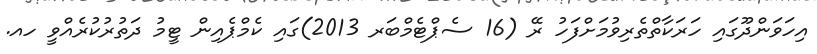
އިހަވަންދޫގައި ހަރަކާތްތެރިވުމަށްފަހު ރޭ (16 ސެޕްޓެމްބަރ 2013)ގައި ކެމްޕެއިން ޓީމު ދަތުރުކުރެއްވީ ހއ.